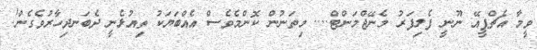
ވީމާ އެޗްޕީއޭ ނޫނީ ފެލިފަރު މެނޭޖްމަންޓް.... މިތަނުން ކޮންމެވެސް އެއްބަޔަކު ތިއުޅެނީ ދެބަނދިހާރުވެގެން!